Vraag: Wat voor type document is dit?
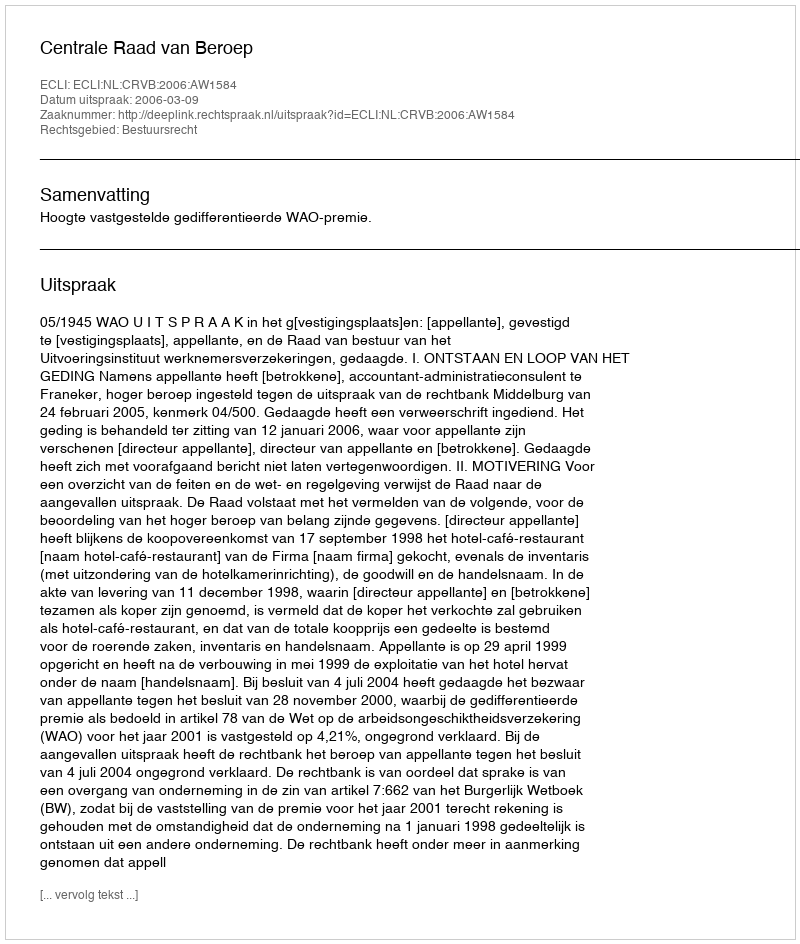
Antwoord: Uitspraak